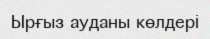
Ырғыз ауданы көлдерi